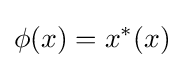
\phi (x)=x^{*}(x)